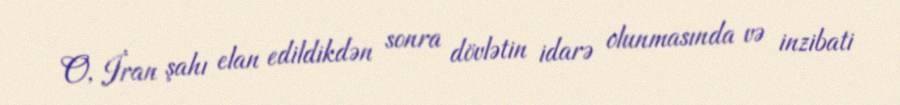
O, İran şahı elan edildikdən sonra dövlətin idarə olunmasında və inzibati